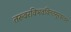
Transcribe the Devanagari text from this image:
तरुवरविभवविनतसुरवरवन